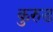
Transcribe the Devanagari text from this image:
कुरुड